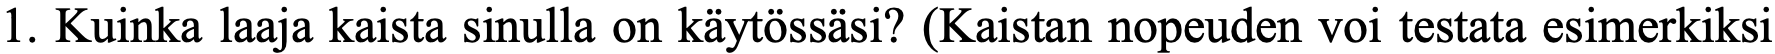
1. Kuinka laaja kaista sinulla on käytössäsi? (Kaistan nopeuden voi testata esimerkiksi